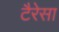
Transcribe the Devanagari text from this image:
टैरेसा